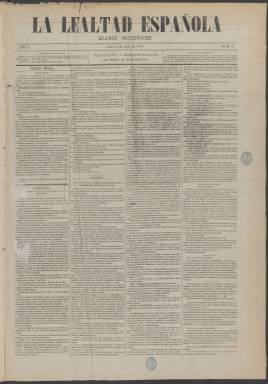
Título: La Lealtad española
Lugar de publicación: Madrid
Fechas: 02/07/1877-17/04/1878